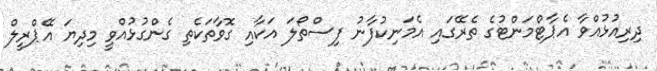
ދިރިއުޅުއްވާ އެޕާޓްމަންޓުގެ ތެރޭގައި އެމަނިކުފާނު ފިސްތޯލަ އަކާއި ގޮވާތަކެތި ގެންގުޅުއްވީ މިދިޔަ އޭޕްރީލް